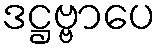
ဒဋ္ဌဗ္ဗာပေ